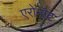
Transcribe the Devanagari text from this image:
एरोनॉट